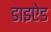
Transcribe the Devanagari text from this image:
डाइऐड